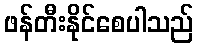
ဖန်တီးနိုင်စေပါသည်